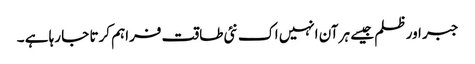
جبر اور ظلم جیسے ہر آن انہیں اک نئی طاقت فراہم کرتا جا رہا ہے ۔